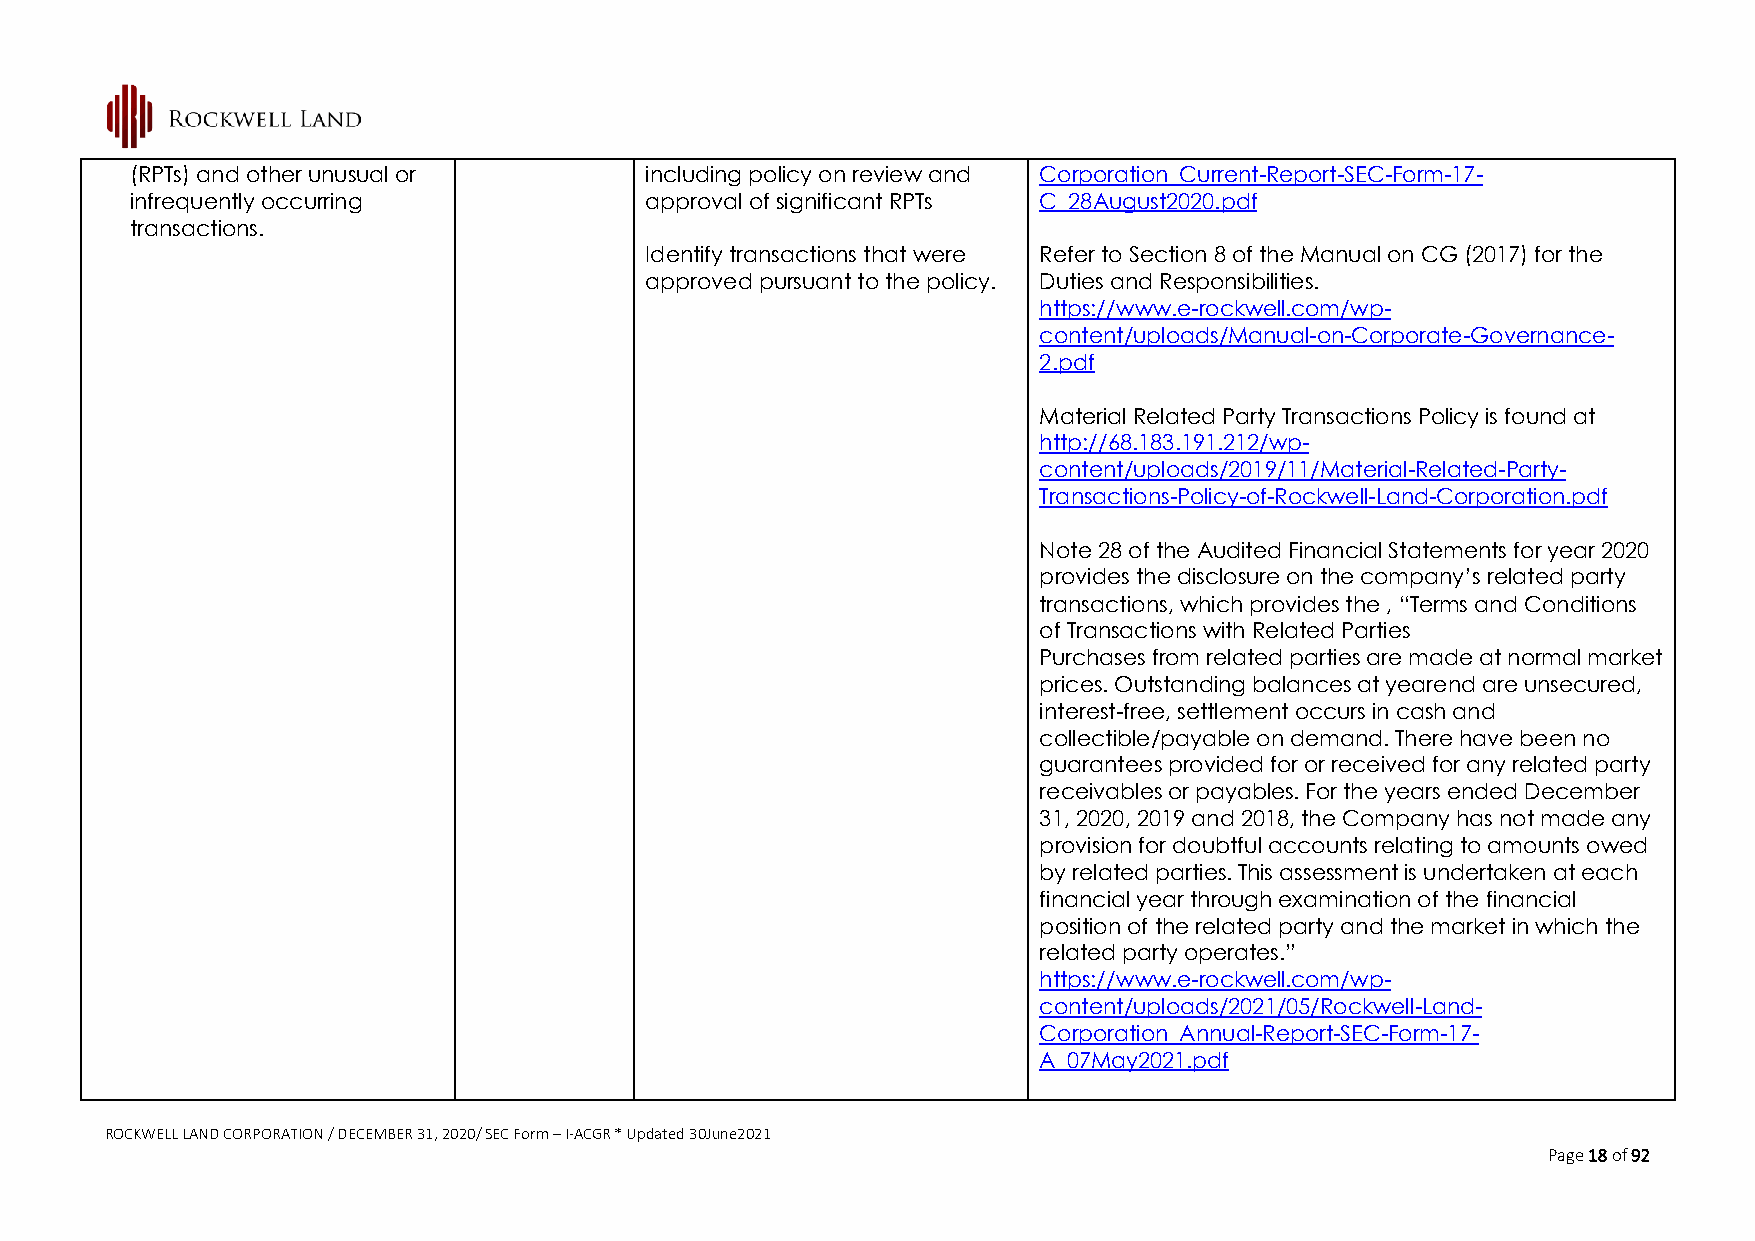
(RPTs) and other unusual or       including policy on review and Corporation_Current-Report-SEC-Form-17-
 infrequently occurring            approval of significant RPTs C_28August2020.pdf
 transactions.
 Identify transactions that were Refer to Section 8 of the Manual on CG (2017) for the
 approved pursuant to the policy. Duties and Responsibilities.
 https://www.e-rockwell.com/wp-
 content/uploads/Manual-on-Corporate-Governance-
 2.pdf
 Material Related Party Transactions Policy is found at
 http://68.183.191.212/wp-
 content/uploads/2019/11/Material-Related-Party-
 Transactions-Policy-of-Rockwell-Land-Corporation.pdf
 Note 28 of the Audited Financial Statements for year 2020
 provides the disclosure on the company’s related party
 transactions, which provides the , “Terms and Conditions
 of Transactions with Related Parties
 Purchases from related parties are made at normal market
 prices. Outstanding balances at yearend are unsecured,
 interest-free, settlement occurs in cash and
 collectible/payable on demand. There have been no
 guarantees provided for or received for any related party
 receivables or payables. For the years ended December
 31, 2020, 2019 and 2018, the Company has not made any
 provision for doubtful accounts relating to amounts owed
 by related parties. This assessment is undertaken at each
 financial year through examination of the financial
 position of the related party and the market in which the
 related party operates.”
 https://www.e-rockwell.com/wp-
 content/uploads/2021/05/Rockwell-Land-
 Corporation_Annual-Report-SEC-Form-17-
 A_07May2021.pdf
 ROCKWELL LAND CORPORATION / DECEMBER 31, 2020/ SEC Form – I-ACGR * Updated 30June2021
 Page 18 of 92